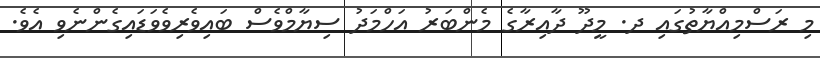
މި ރަސްމިއްޔާތުގައި ދ. މީދޫ ދާއިރާގެ މެންބަރު އަހްމަދު ސިޔާމްވެސް ބައިވެރިވެވަޑައިގެންނެވި އެވެ.